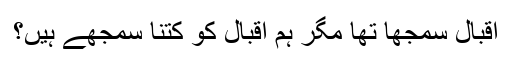
اقبال سمجھا تھا مگر ہم اقبال کو کتنا سمجھے ہیں؟